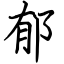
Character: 郁